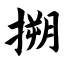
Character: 搠